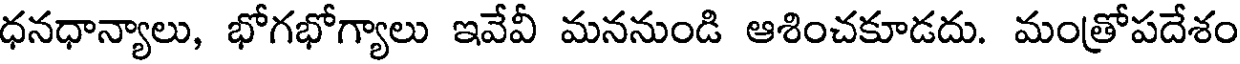
ధనధాన్యాలు, భోగభోగ్యాలు ఇవేవీ మననుండి ఆశించకూడదు. మంత్రోపదేశం